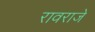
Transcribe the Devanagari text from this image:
रावराजे